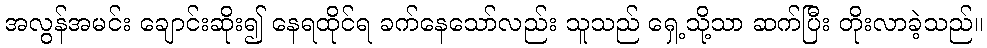
အလွန်အမင်း ချောင်းဆိုး၍ နေရထိုင်ရ ခက်နေသော်လည်း သူသည် ရှေ့သို့သာ ဆက်ပြီး တိုးလာခဲ့သည်။